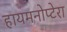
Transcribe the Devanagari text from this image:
हायमनोप्टेरा